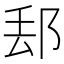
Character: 𨛀